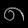
Digit: ၈